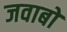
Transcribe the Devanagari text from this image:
जवाबो